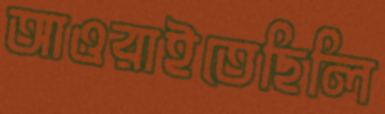
আওরাইতেছিলি